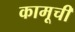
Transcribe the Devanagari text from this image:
कामूची